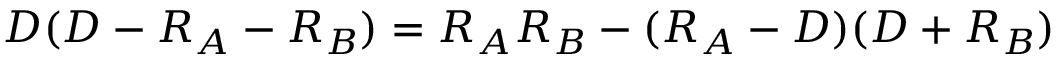
D ( D - R _ { A } - R _ { B } ) = R _ { A } R _ { B } - ( R _ { A } - D ) ( D + R _ { B } )